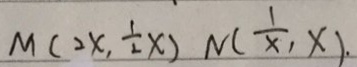
M ( 2 x , \frac { 1 } { 2 } x ) N ( \frac { 1 } { x _ { 1 } } x ) .